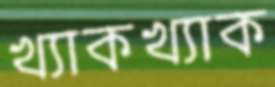
খ্যাকখ্যাক